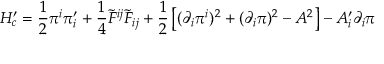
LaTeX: H _ { c } ^ { \prime } = \frac { 1 } { 2 } \pi ^ { i } \pi _ { i } ^ { \prime } + \frac { 1 } { 4 } \tilde { F } ^ { i j } \tilde { F } _ { i j } + \frac { 1 } { 2 } \left[ ( \partial _ { i } \pi ^ { i } ) ^ { 2 } + ( \partial _ { i } \pi ) ^ { 2 } - A ^ { 2 } \right] - A _ { i } ^ { \prime } \partial _ { i } \pi